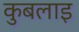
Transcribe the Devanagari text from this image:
कुबलाइ